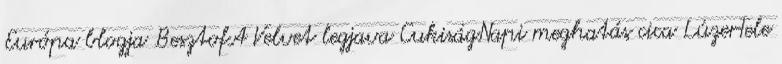
Európa blogja BesztofA Velvet legjava CukiságNapi meghatás cica LúzerTele